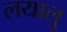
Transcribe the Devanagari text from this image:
लयालु